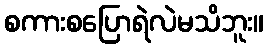
စကားစပြောရဲလဲမသိဘူး။